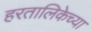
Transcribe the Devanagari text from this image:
हरतालिकेच्या